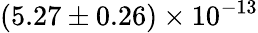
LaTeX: (5.27\pm 0.26)\times 10^{-13}